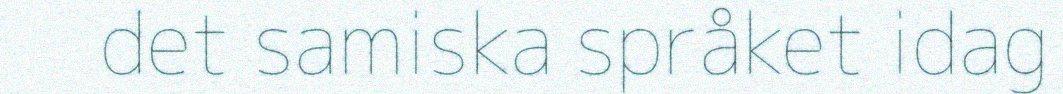
det samiska språket idag